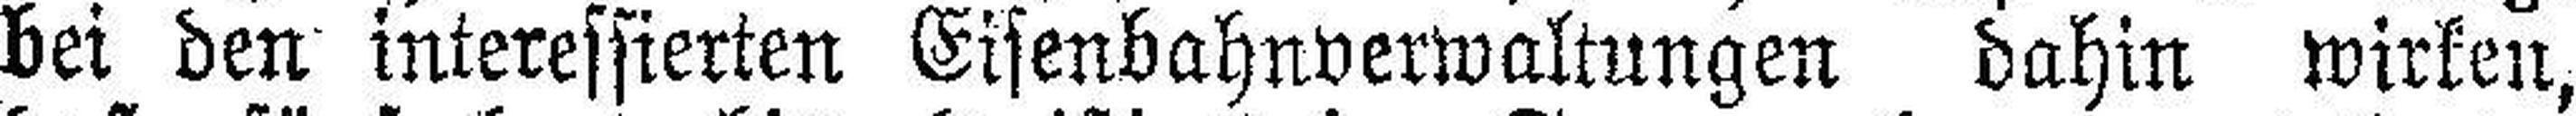
bei den interessierten Eisenbahnverwaltungen dahin wirken,